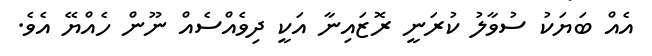
އެއް ބަޔަކު ސުވާލު ކުރަނީ ރޮޒައިނާ އަކީ ދިވެއްސެއް ނޫން ހެއްޔޭ އެވެ.